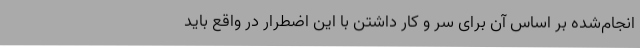
انجام‌شده بر اساس آن برای سر و کار داشتن با این اضطرار در واقع باید